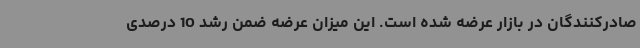
صادرکنندگان در بازار عرضه شده است. این میزان عرضه ضمن رشد 10 درصدی